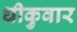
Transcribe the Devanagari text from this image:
धीकुवार